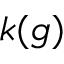
k ( g )